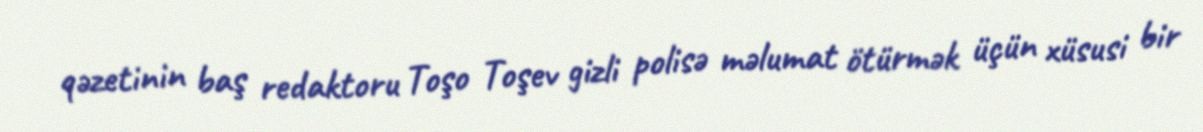
qəzetinin baş redaktoru Toşo Toşev gizli polisə məlumat ötürmək üçün xüsusi bir